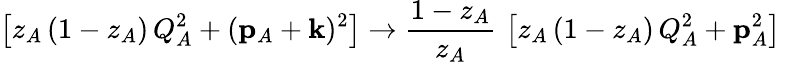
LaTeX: \left[z_{A}\, (1-z_{A})\, Q_{A}^{2}+({{\mathbf p}}_{A}+{{\mathbf k}})^{2}\right]\to{\frac{1-z_{A}}{z_{A}}}\, \left[z_{A}\, (1-z_{A})\, Q_{A}^{2}+{{\mathbf p}}_{A}^{2}\right]\,